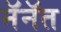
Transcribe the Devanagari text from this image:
नॅनॅत